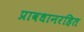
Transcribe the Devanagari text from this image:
प्रावधानरहित